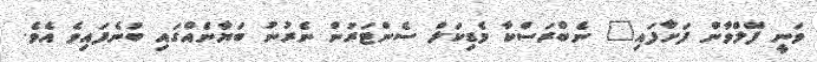
ވަނީ ފޭލްވާން ފަށާފައި" ނެބްރަސްކާ މެޑިކަލް ސެންޓަރުން ނެރުނު ބަޔާނެއްގައި ބުނެފައިވެ އެވެ.